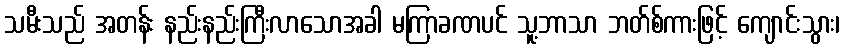
သမီးသည် အတန်း နည်းနည်းကြီးလာသောအခါ မကြာခဏပင် သူ့ဘာသာ ဘတ်စ်ကားဖြင့် ကျောင်းသွား၊